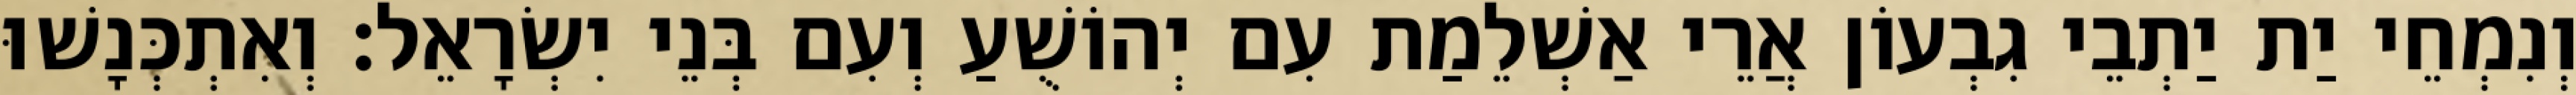
וְנִמְחֵי יַת יַתְבֵי גִבְעוֹן אֲרֵי אַשְׁלֵמַת עִם יְהוֹשֻׁעַ וְעִם בְּנֵי יִשְׂרָאֵל׃ וְאִתְכְּנָשׁוּ